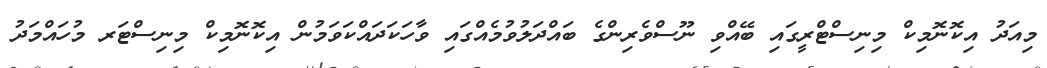
މިއަދު އިކޮނޮމިކް މިނިސްޓްރީގައި ބޭއްވި ނޫސްވެރިންގެ ބައްދަލުވުމެއްގައި ވާހަކަދައްކަވަމުން އިކޮނޮމިކް މިނިސްޓަރ މުހައްމަދު